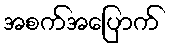
အစက်အပြောက်